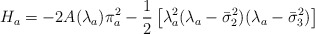
\begin{align*}H_a=-2 A(\lambda_a) \pi_a^2-\frac{1}{2} \left[\lambda_a^2(\lambda_a-\bar{\sigma}_2^2)(\lambda_a-\bar{\sigma}_3^2)\right]\end{align*}